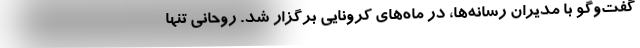
گفت‌وگو با مدیران رسانه‌ها، در ماه‌های کرونایی برگزار شد. روحانی تنها